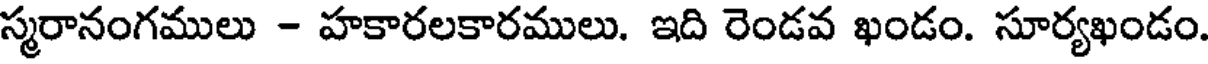
స్మరానంగములు - హకారలకారములు. ఇది రెండవ ఖండం. సూర్యఖండం.